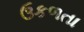
ઉકળતા